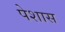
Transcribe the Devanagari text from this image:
पेशास